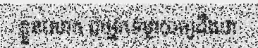
ខ្លួនលោក ជាអ្នកទម្លាយឲ្យដឹងថា